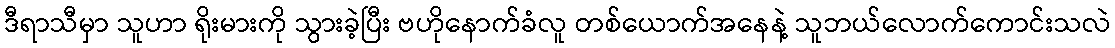
ဒီရာသီမှာ သူဟာ ရိုးမားကို သွားခဲ့ပြီး ဗဟိုနောက်ခံလူ တစ်ယောက်အနေနဲ့ သူဘယ်လောက်ကောင်းသလဲ